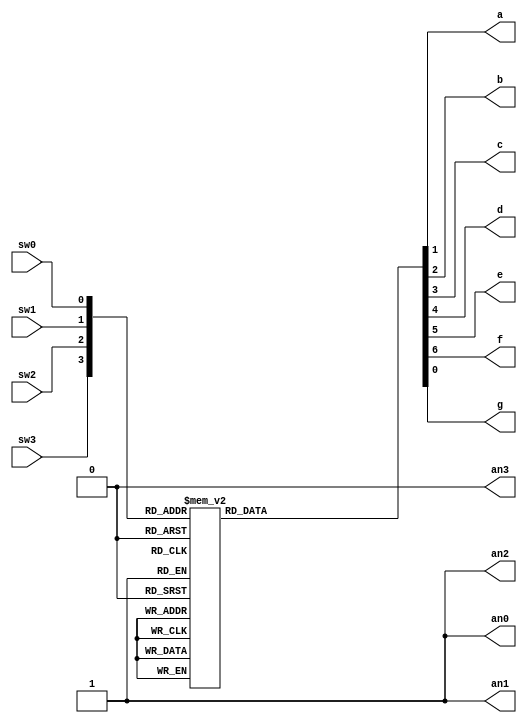
module bcd_to_7led_b ( 
 input wire sw0 , // Switches 
 input wire sw1 , 
 input wire sw2 , 
 input wire sw3 , 
 output reg a , // LED segments 
 output reg b , 
 output reg c , 
 output reg d , 
 output reg e , 
 output reg f , 
 output reg g , 
 output reg an0, // LED display control 
 output reg an1, 
 output reg an2, 
 output reg an3 
 ); 
// Internal wire 
wire [3:0] bundle ; 
assign bundle = {sw3,sw2,sw1,sw0 } ; 
always @(*) begin 
 // Setting the ANs signals 
 an0 = 1'b1; 
 an1 = 1'b1; 
 an2 = 1'b1; 
 an3 = 1'b0; // Display in the module AN3 Lab3  Combinatorial Logic  
 // Setting the segments signals 
 a = 1'b1 ; 
 b = 1'b1 ; 
 c = 1'b1 ; 
 d = 1'b1 ; 
 e = 1'b1 ; 
 f = 1'b1 ; 
 g = 1'b1 ; 
 
 case ( bundle ) 
 4'b0000 : begin // 0 
 a = 1'b0 ; 
 b = 1'b0 ; 
 c = 1'b0 ; 
 d = 1'b0 ; 
 e = 1'b0 ; 
 f = 1'b0 ; 
 // g = 1'b1 ; 
 end 
 
 4'b0001 : begin // 1 
 b = 1'b0 ; 
 c = 1'b0 ; 
 end 
 
  4'b0010 : begin // 2 
 a = 1'b0 ; 
 b = 1'b0 ; 
 d = 1'b0 ; 
 e = 1'b0 ; 
 g = 1'b0;
 end 
 
  4'b0011 : begin // 3 
 a = 1'b0 ; 
 b = 1'b0 ; 
 c = 1'b0 ; 
 d = 1'b0 ; 
 g = 1'b0;
 end 
 
  4'b0100 : begin // 4 
 b = 1'b0 ; 
 c = 1'b0 ; 
 f = 1'b0 ; 
 g = 1'b0;
 end 
 
  4'b0101 : begin // 5 
 a = 1'b0 ; 
 c = 1'b0 ; 
 d = 1'b0 ; 
 f = 1'b0 ; 
 g = 1'b0;
 end 
 
  4'b0110 : begin // 6 
 a = 1'b0 ; 
 c = 1'b0 ; 
 d = 1'b0 ; 
 e = 1'b0 ; 
 f = 1'b0 ; 
 g = 1'b0;
 end 
 
  4'b0111 : begin // 7 
 a = 1'b0 ; 
 b = 1'b0 ; 
 c = 1'b0 ; 
 end 
 
  4'b1000 : begin // 8 
 a = 1'b0 ; 
 b = 1'b0 ; 
 c = 1'b0 ; 
 d = 1'b0 ; 
 e = 1'b0 ; 
 f = 1'b0 ; 
 g = 1'b0;
 end 
 
  4'b1001 : begin // 9 
 a = 1'b0 ; 
 b = 1'b0 ; 
 c = 1'b0 ; 
 d = 1'b0 ; 
 f = 1'b0 ; 
 g = 1'b0;
 end 

 endcase 
 
 
end 
endmodule